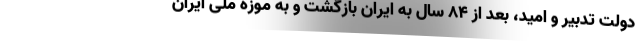
دولت تدبیر و امید، بعد از ۸۴ سال به ایران بازگشت و به موزه ملی ایران